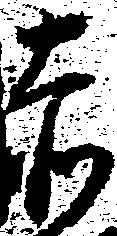
赤